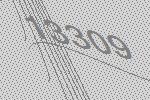
13309